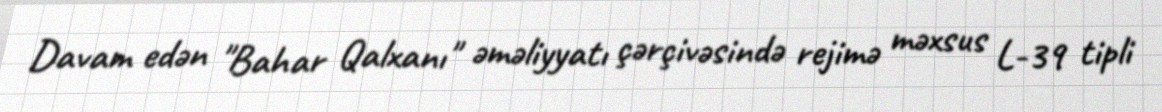
Davam edən "Bahar Qalxanı" əməliyyatı çərçivəsində rejimə məxsus L-39 tipli